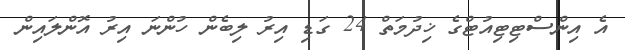
އެ އިންސްޓިޓިއުޓްގެ ޚިދުމަތް 24 ގަޑި އިރު ލިބެން ހުންނަ އިރު އޮންލައިން